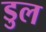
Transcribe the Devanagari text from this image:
डुल